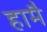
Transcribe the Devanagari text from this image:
हामै